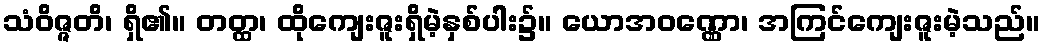
သံဝိဇ္ဇတိ၊ ရှိ၏။ တတ္ထ၊ ထိုကျေးဇူးရှိမဲ့နှစ်ပါး၌။ ယောအဝဏ္ဏော၊ အကြင်ကျေးဇူးမဲ့သည်။